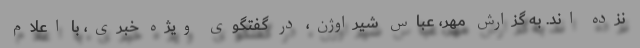
نزده اند. به گزارش مهر، عباس شیراوژن، در گفتگوی ویژه خبری، با اعلام